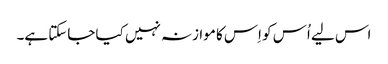
اس لیے اُس کو اِس کا موازنہ نہیں کیا جاسکتا ہے۔